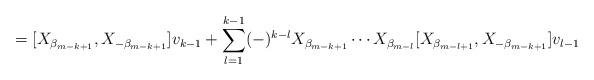
LaTeX: \begin{align*} = [ X_{ \beta _{m-k+1} } , X_{- \beta _{m-k+1} } ] v_{k-1} + \sum_{l=1}^{k-1} (-)^{k-l} X_{ \beta _{m-k+1} } \cdots X_{ \beta _{m-l} } [ X_{ \beta _{m-l+1} } , X_{- \beta _{m-k+1} } ] v_{l-1} \end{align*}